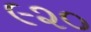
૯૨૦